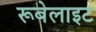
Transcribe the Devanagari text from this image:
रूबेलाइट